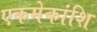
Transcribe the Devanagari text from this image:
एकमेकांशि